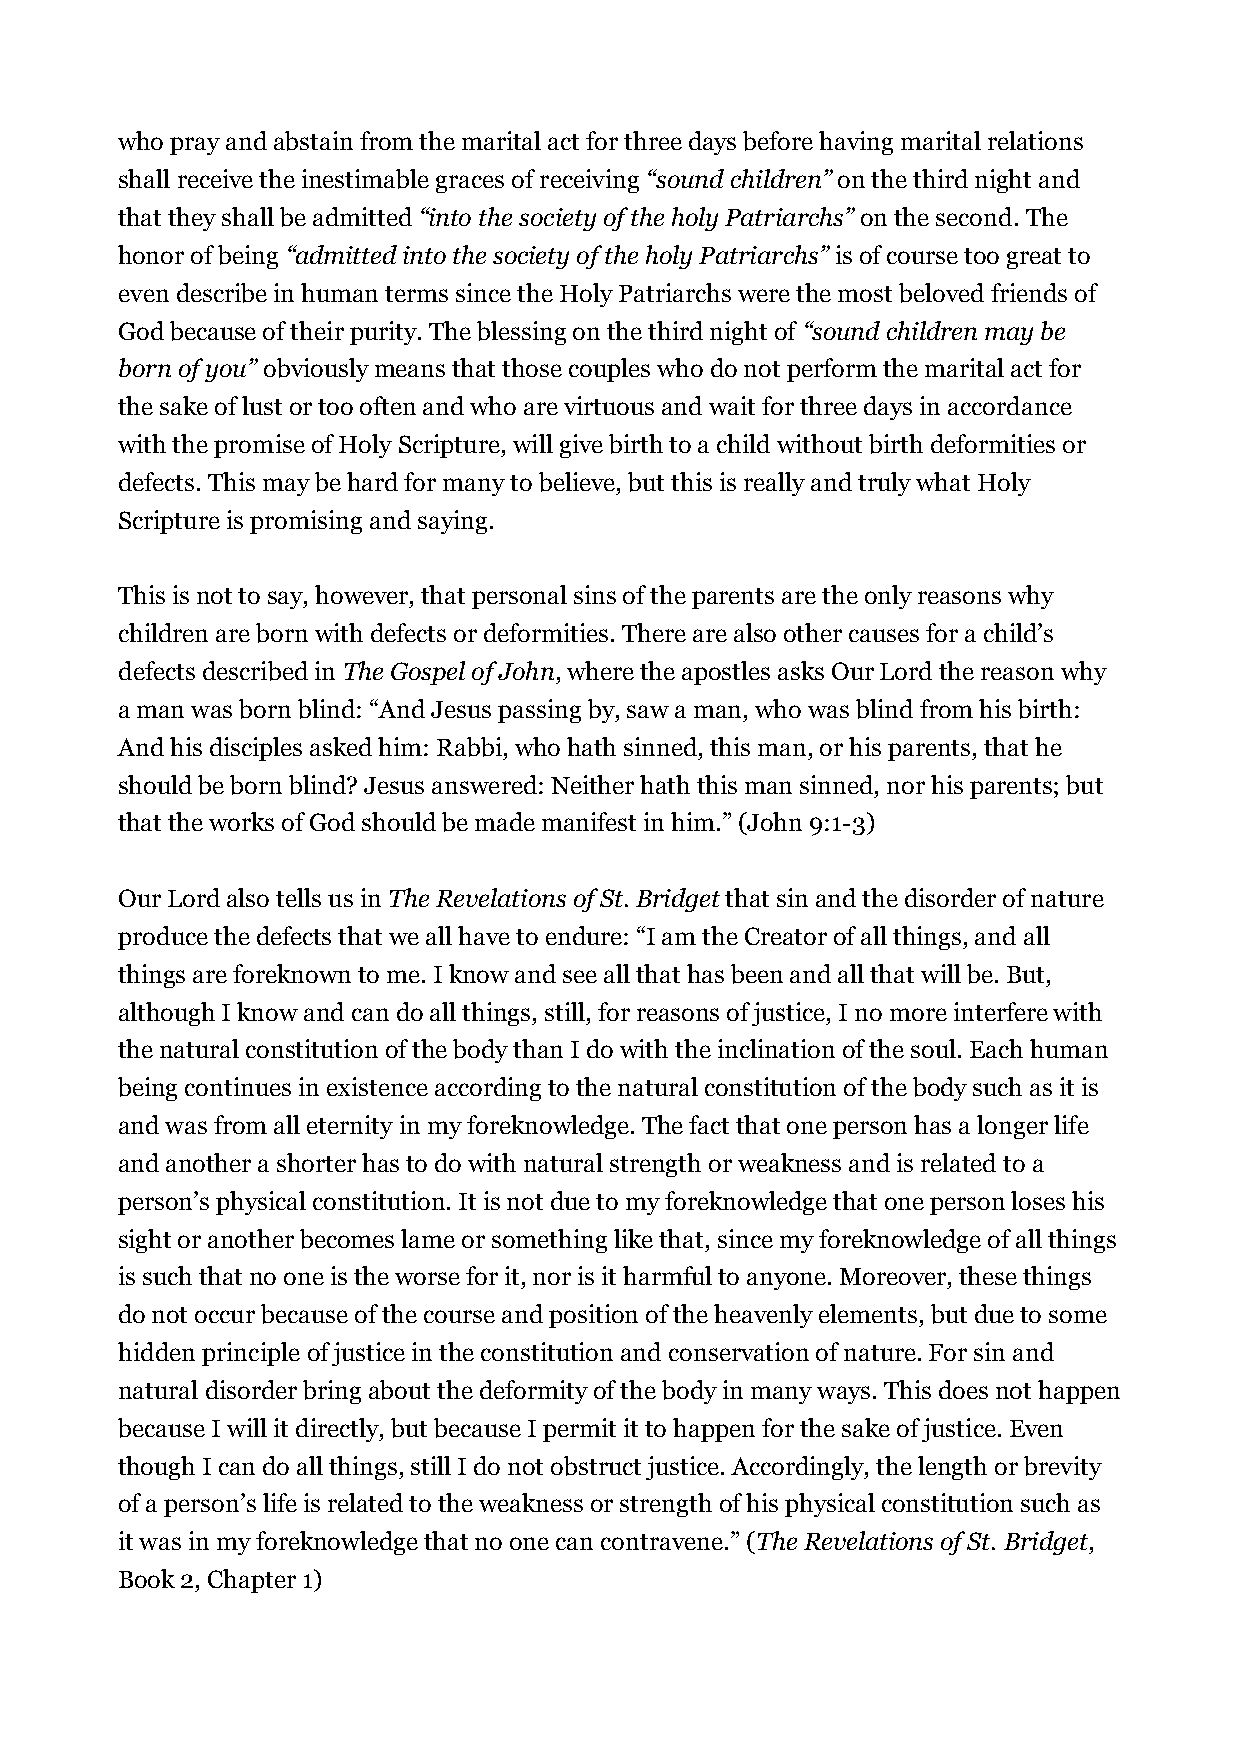
who pray and abstain from the marital act for three days before having marital relations
 shall receive the inestimable graces of receiving “sound children” on the third night and
 that they shall be admitted “into the society of the holy Patriarchs” on the second. The
 honor of being “admitted into the society of the holy Patriarchs” is of course too great to
 even describe in human terms since the Holy Patriarchs were the most beloved friends of
 God because of their purity. The blessing on the third night of “sound children may be
 born of you” obviously means that those couples who do not perform the marital act for
 the sake of lust or too often and who are virtuous and wait for three days in accordance
 with the promise of Holy Scripture, will give birth to a child without birth deformities or
 defects. This may be hard for many to believe, but this is really and truly what Holy
 Scripture is promising and saying.
 This is not to say, however, that personal sins of the parents are the only reasons why
 children are born with defects or deformities. There are also other causes for a child’s
 defects described in The Gospel of John, where the apostles asks Our Lord the reason why
 a man was born blind: “And Jesus passing by, saw a man, who was blind from his birth:
 And his disciples asked him: Rabbi, who hath sinned, this man, or his parents, that he
 should be born blind? Jesus answered: Neither hath this man sinned, nor his parents; but
 that the works of God should be made manifest in him.” (John 9:1-3)
 Our Lord also tells us in The Revelations of St. Bridget that sin and the disorder of nature
 produce the defects that we all have to endure: “I am the Creator of all things, and all
 things are foreknown to me. I know and see all that has been and all that will be. But,
 although I know and can do all things, still, for reasons of justice, I no more interfere with
 the natural constitution of the body than I do with the inclination of the soul. Each human
 being continues in existence according to the natural constitution of the body such as it is
 and was from all eternity in my foreknowledge. The fact that one person has a longer life
 and another a shorter has to do with natural strength or weakness and is related to a
 person’s physical constitution. It is not due to my foreknowledge that one person loses his
 sight or another becomes lame or something like that, since my foreknowledge of all things
 is such that no one is the worse for it, nor is it harmful to anyone. Moreover, these things
 do not occur because of the course and position of the heavenly elements, but due to some
 hidden principle of justice in the constitution and conservation of nature. For sin and
 natural disorder bring about the deformity of the body in many ways. This does not happen
 because I will it directly, but because I permit it to happen for the sake of justice. Even
 though I can do all things, still I do not obstruct justice. Accordingly, the length or brevity
 of a person’s life is related to the weakness or strength of his physical constitution such as
 it was in my foreknowledge that no one can contravene.” (The Revelations of St. Bridget,
 Book 2, Chapter 1)